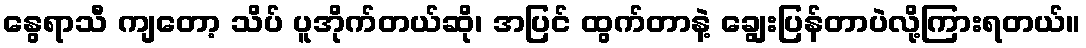
နွေရာသီ ကျတော့ သိပ် ပူအိုက်တယ်ဆို၊ အပြင် ထွက်တာနဲ့ ချွေးပြန်တာပဲလို့ကြားရတယ်။